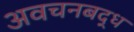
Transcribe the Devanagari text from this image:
अवचनबद्ध